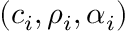
( c _ { i } , \rho _ { i } , \alpha _ { i } )